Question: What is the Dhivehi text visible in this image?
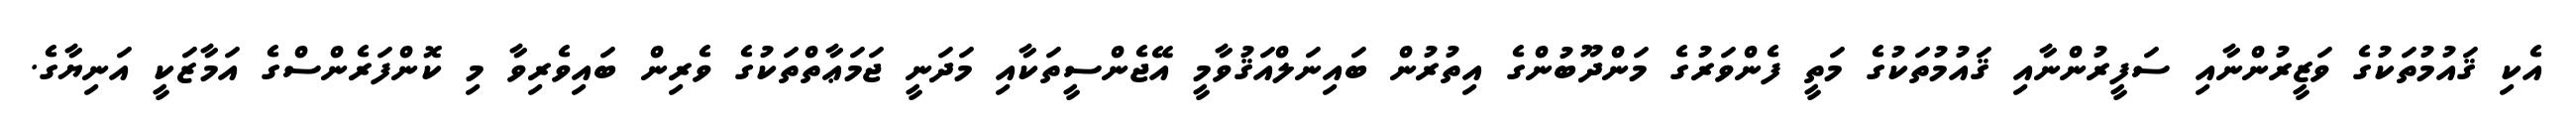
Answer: އެކި ޤައުމުތަކުގެ ވަޒީރުންނާއި ސަފީރުންނާއި ޤައުމުތަކުގެ މަތީ ފެންވަރުގެ މަންދޫބުންގެ އިތުރުން ބައިނަލްއަޤުވާމީ އޭޖެންސީތަކާއި މަދަނީ ޖަމަޢާތްތަކުގެ ވެރިން ބައިވެރިވާ މި ކޮންފަރެންސްގެ އަމާޒަކީ އަނިޔާގެ.